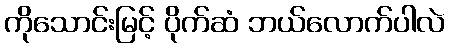
ကိုသောင်းမြင့် ပိုက်ဆံ ဘယ်လောက်ပါလဲ